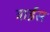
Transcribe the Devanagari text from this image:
ट्राईस